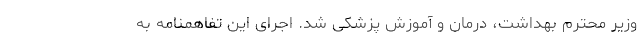
وزیر محترم بهداشت، درمان و آموزش پزشكی شد. اجرای این تفاهمنامه به